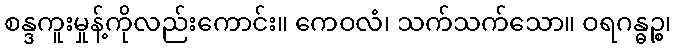
စန္ဒကူးမှုန့်ကိုလည်းကောင်း။ ကေဝလံ၊ သက်သက်သော။ ဝရဂန္ဓဉ္စ၊